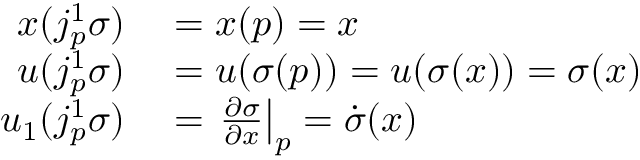
\begin{array} { r l } { x ( j _ { p } ^ { 1 } \sigma ) } & { { } = x ( p ) = x } \\ { u ( j _ { p } ^ { 1 } \sigma ) } & { { } = u ( \sigma ( p ) ) = u ( \sigma ( x ) ) = \sigma ( x ) } \\ { u _ { 1 } ( j _ { p } ^ { 1 } \sigma ) } & { { } = \left. { \frac { \partial \sigma } { \partial x } } \right| _ { p } = { \dot { \sigma } } ( x ) } \end{array}